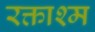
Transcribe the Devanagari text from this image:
रक्ताश्म